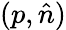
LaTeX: (p,{\hat{n}})